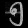
Digit: ၅